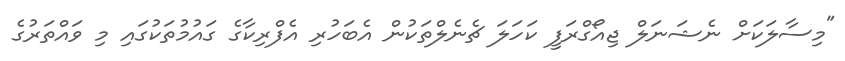
"މިސާލަކަށް ނެޝަނަލް ޖިއޯގްރަފީ ކަހަލަ ޗެނެލްތަކުން އެބަހުރި އެފްރިކާގެ ގައުމުތަކުގައި މި ވައްތަރުގެ